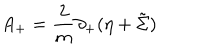
A _ { + } = { \frac { 2 } { m } } \partial _ { + } ( \eta + \tilde { \Sigma } )